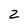
Character: z